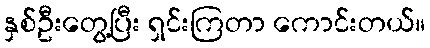
နှစ်ဦးတွေ့ပြီး ရှင်းကြတာ ကောင်းတယ်။